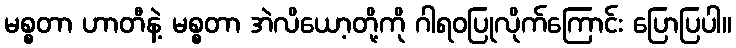
မစ္စတာ ဟာတီနဲ့ မစ္စတာ အဲလိယော့တို့ကို ဂါရဝပြုလိုက်ကြောင်း ပြောပြပါ။